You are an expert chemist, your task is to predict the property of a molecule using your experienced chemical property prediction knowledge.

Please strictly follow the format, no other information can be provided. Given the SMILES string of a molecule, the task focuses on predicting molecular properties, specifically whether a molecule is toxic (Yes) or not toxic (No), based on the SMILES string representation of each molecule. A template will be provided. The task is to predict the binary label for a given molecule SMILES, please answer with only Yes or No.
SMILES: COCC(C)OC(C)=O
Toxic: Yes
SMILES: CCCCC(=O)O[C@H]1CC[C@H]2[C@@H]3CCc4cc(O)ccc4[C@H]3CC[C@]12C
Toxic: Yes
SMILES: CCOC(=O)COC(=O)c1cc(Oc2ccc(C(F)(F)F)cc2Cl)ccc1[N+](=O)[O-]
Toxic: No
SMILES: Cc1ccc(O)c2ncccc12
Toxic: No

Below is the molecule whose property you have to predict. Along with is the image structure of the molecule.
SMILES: C[n+]1c2cc(N)ccc2cc2ccc(N)cc21.Nc1ccc2cc3ccc(N)cc3nc2c1
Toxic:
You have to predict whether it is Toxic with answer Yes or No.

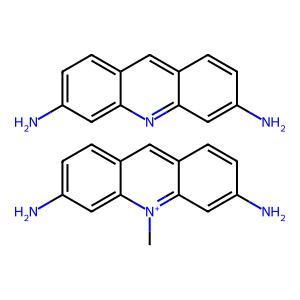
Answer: No